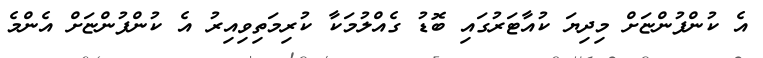
އެ ކުންފުންޏަށް މިދިޔަ ކުއާޓަރުގައި ބޮޑު ގެއްލުމަކާ ކުރިމަތިވިއިރު އެ ކުންފުންޏަށް އެންމެ